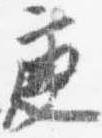
庚